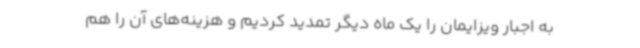
به اجبار ویزایمان را یک ماه دیگر تمدید کردیم و هزینه‌های آن را هم